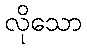
လိုသော